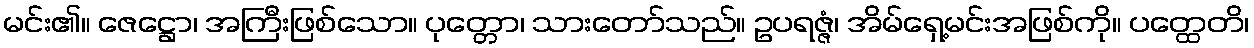
မင်း၏။ ဇေဋ္ဌော၊ အကြီးဖြစ်သော။ ပုတ္တော၊ သားတော်သည်။ ဥပရဇ္ဇံ၊ အိမ်ရှေ့မင်းအဖြစ်ကို။ ပတ္ထေတိ၊